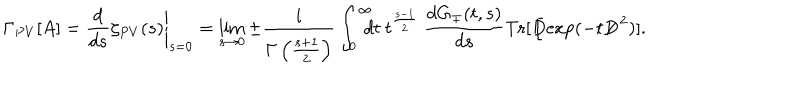
\Gamma _ { P V } [ A ] = \left. \frac { d } { d s } \zeta _ { P V } ( s ) \right| _ { s = 0 } = \lim _ { s \to 0 } \pm \frac { i } { \Gamma \left( \frac { s + 1 } { 2 } \right) } \int _ { 0 } ^ { \infty } \! \! \! \! d t ~ t ^ { \frac { s - 1 } { 2 } } ~ \frac { d G _ { \mp } ( t , s ) } { d s } \mathrm { T r } [ { D \! \! \! \! / } \exp ( - t { D \! \! \! \! / } ^ { ~ 2 } ) ] .